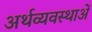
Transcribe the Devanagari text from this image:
अर्थव्यवस्थाअें